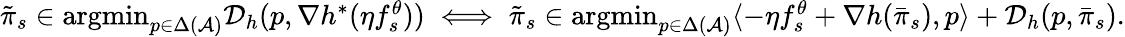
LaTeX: \begin{array}{r}{\tilde{\pi}_{s}\in\mathop{\mathrm{argmin}}_{p\in\Delta(\mathcal{A})}\mathcal{D}_{h}(p,\nabla h^{*}(\eta f_{s}^{\theta}))\; \Longleftrightarrow\; \tilde{\pi}_{s}\in\mathop{\mathrm{argmin}}_{p\in\Delta(\mathcal{A})}\langle-\eta f_{s}^{\theta}+\nabla h(\bar{\pi}_{s}),p\rangle+\mathcal{D}_{h}(p,\bar{\pi}_{s}).}\end{array}